Code of medical and sanitary regulations for the guidance of medical officers serving in the Madras Presidency - Volume II
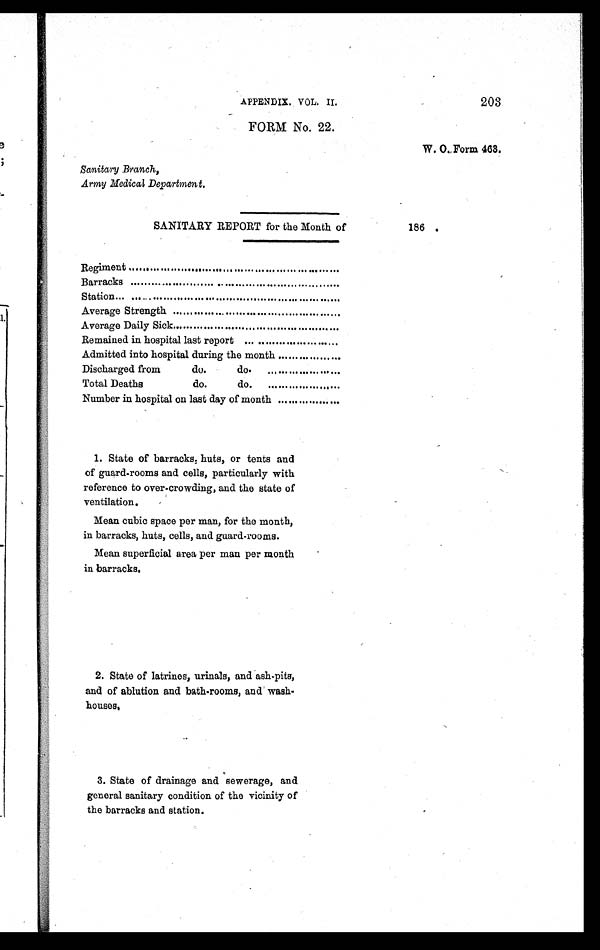
203
APPENDIX. VOL. II.
FORM No. 22.
W. O. Form 463.
Sanitary Branch,
Army Medical Department.
SANITARY REPORT for the Month of
Regiment
.....................
Barracks
....................
Station .
Average Strength .....................
Average Daily Sick.
...................
Remained in hospital last report ....................
Admitted into hospital during the month .........
...
Discharged from
do.
do.
................
Total Deaths
do.
do.
........................
Number in hospital on last day of month .........
...
1. State of barracks, huts, or tents and
of guard-rooms and cells, particularly with
reference to over-crowding, and the state of
ventilation.
Mean cubic space per man, for the month,
in barracks, huts, cells, and guard-rooms.
Mean superficial area per man per month
in barracks.
2. State of latrines, urinals, and ash-pits,
and of ablution and bath-rooms, and
w a s h - h o u s e s .
3. State of drainage and sewerage, and
general sanitary condition of the vicinity of
the barracks and station.
186